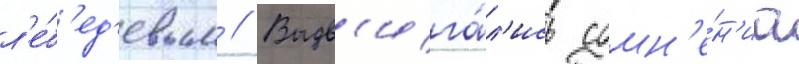
л'е́б'ед'евым // Выдв'ига́л'ись сомн'е́н'иа